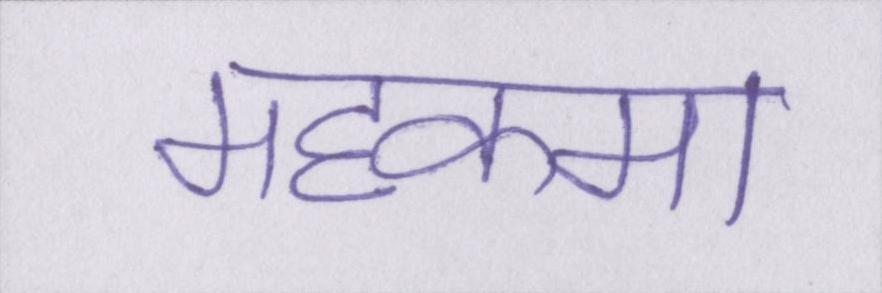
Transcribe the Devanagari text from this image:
महकमा